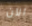
الآن